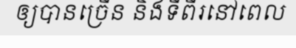
ឲ្យបានច្រើន និងទីពីរនៅពេល